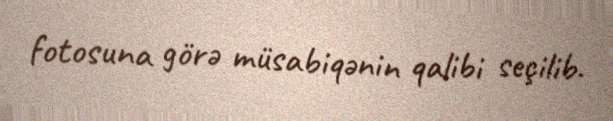
fotosuna görə müsabiqənin qalibi seçilib.